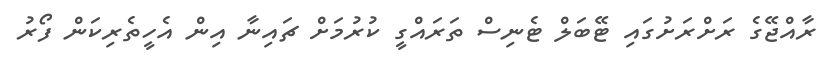
ރާއްޖޭގެ ރަށްރަށުގައި ޓޭބަލް ޓެނިސް ތަރައްގީ ކުރުމަށް ޗައިނާ އިން އެހީތެރިކަން ފޯރު